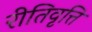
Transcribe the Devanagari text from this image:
रीतिवृत्ति